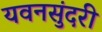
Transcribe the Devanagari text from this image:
यवनसुंदरी